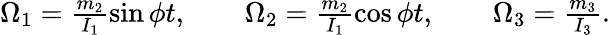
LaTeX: \begin{array}{r}{\Omega_{1}=\frac{m_{2}}{I_{1}}\sin\phi t,\qquad\Omega_{2}=\frac{m_{2}}{I_{1}}\cos\phi t,\qquad\Omega_{3}=\frac{m_{3}}{I_{3}}.}\end{array}